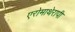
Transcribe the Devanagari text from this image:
एरोमाथेरापी